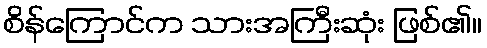
စိန်ကြောင်က သားအကြီးဆုံး ဖြစ်၏။